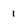
Character: 1